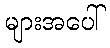
များအပေါ်